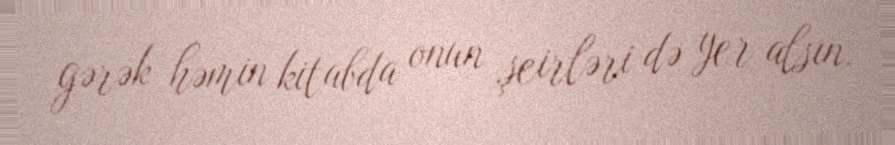
gərək həmin kitabda onun şeirləri də yer alsın.